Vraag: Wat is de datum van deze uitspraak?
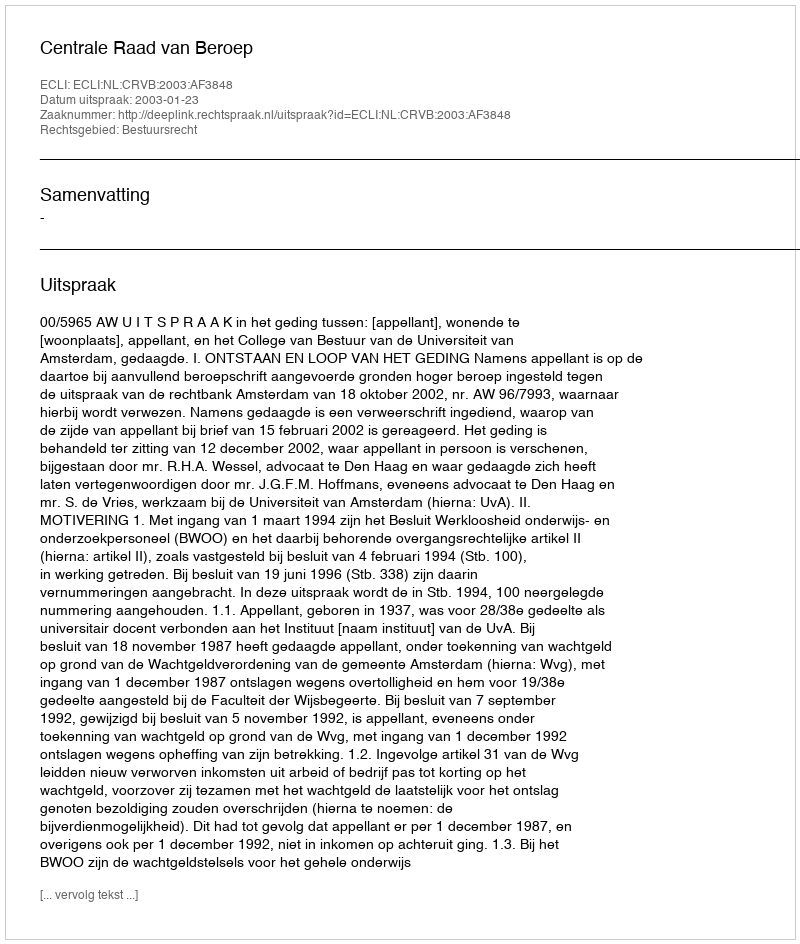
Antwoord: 2003-01-23